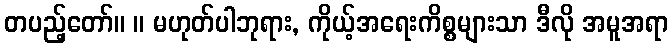
တပည့်တော်။ ။ မဟုတ်ပါဘုရား, ကိုယ့်အရေးကိစ္စများသာ ဒီလို အမူအရာ